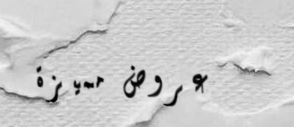
عروض مميزة